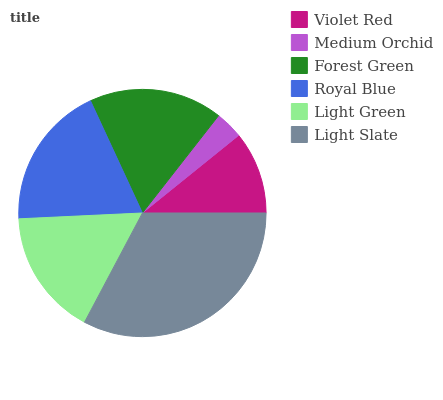
| Violet Red | Medium Orchid | Forest Green | Royal Blue | Light Green | Light Slate |
 | --- | --- | --- | --- | --- | --- |
 | 10.8% | 3.63% | 17.5% | 18.8% | 16.5% | 32.8% |